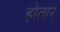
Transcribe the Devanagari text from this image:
होतारं